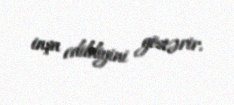
inşa edildiyini göstərir.